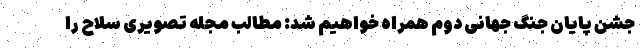
جشن پایان جنگ جهانی دوم همراه خواهیم شد: مطالب مجله تصویری سلاح را